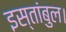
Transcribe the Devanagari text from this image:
इस्तांबुल।